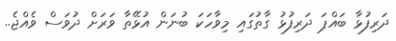
ދަރިފުޅާ ބައްޕަ ދަރިފުޅު ގާތުގައި މިވާހަކަ ބުނަން އުޅޭތާ ވަރަށް ދުވަސް ވެއްޖެ..